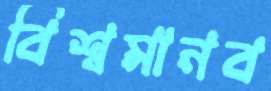
বিশ্বমানব